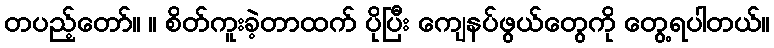
တပည့်တော်။ ။ စိတ်ကူးခဲ့တာထက် ပိုပြီး ကျေနပ်ဖွယ်တွေကို တွေ့ရပါတယ်။